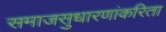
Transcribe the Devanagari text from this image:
समाजसुधारणांकरिता